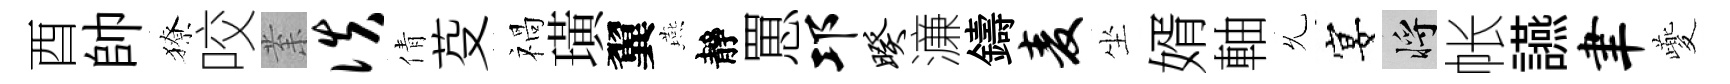
酉帥獠咬𭪙佚倩芟禍璜翼燕靜罳邛暌濓鑄麦坐婿軸𠃔宴將帐讌聿夔